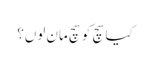
کیا سچ کو سچ مان لوں؟